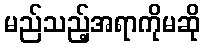
မည်သည့်အရာကိုမဆို